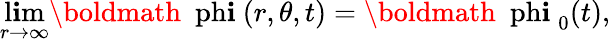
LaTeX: \operatorname*{l\mathbf{i}m}_{r\rightarrow\infty}\mathrm{{\boldmath~\ ph\mathbf{i}~}}(r,\theta,t)=\mathrm{{\boldmath~\ ph\mathbf{i}~}}_{0}(t),